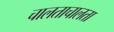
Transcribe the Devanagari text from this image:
चालताचालता